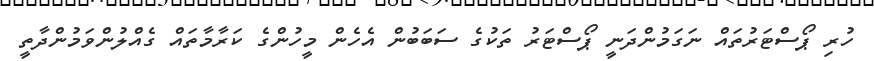
ހުރި ޕޯސްޓަރުތައް ނަގަމުންދަނީ ޕޯސްޓަރު ތަކުގެ ސަބަބުން އެހެން މީހުންގެ ކަރާމާތައް ގެއްލުންވަމުންދާތީ